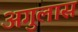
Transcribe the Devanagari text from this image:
अगुलास